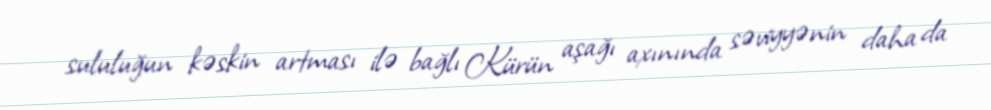
sululuğun kəskin artması ilə bağlı Kürün aşağı axınında səviyyənin daha da